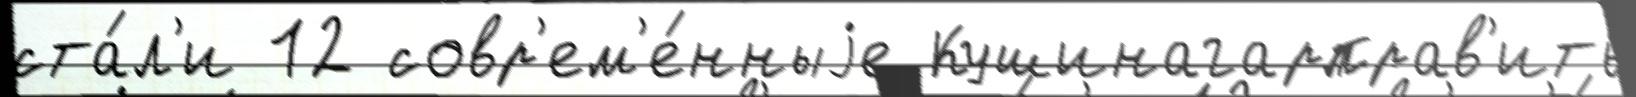
ста́л'и 12 совр'ем'е́нныjе Кушинагарправ'ить